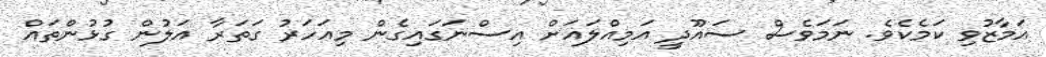
އަމާޒުވި ކަމެކެވެ. ނަމަވެސް ސައޫދީ އަމިއްލައަށް އިސްނަގައިގެން މިއަހަރު ގަތަރާ އަލުން ގުޅުންތައް